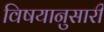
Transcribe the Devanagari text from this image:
विषयानुसारी